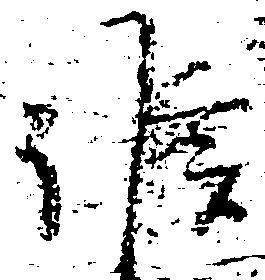
候